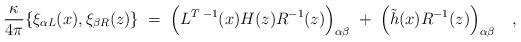
LaTeX: \begin{align*}{\kappa \over{ 4\pi}}\{\xi_{\alpha L}(x),\xi_{\beta R}(z)\}\;=\;\Bigl(L^{T\;-1}(x)H(z)R^{-1}(z)\Bigr)_{\alpha\beta} \; + \;\Bigl(\tilde h(x)R^{-1}(z)\Bigr)_{\alpha\beta}\quad,\end{align*}